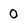
Character: 0